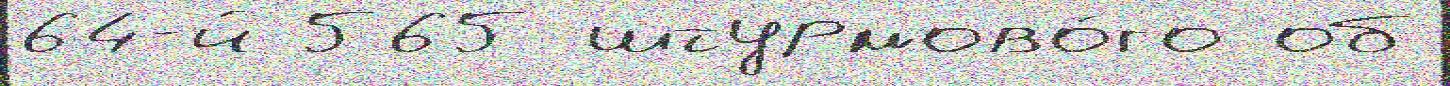
64-й 565 штурмово́го об